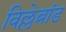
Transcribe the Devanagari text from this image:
विल्लेब्रांड